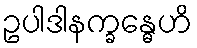
ဥပါဒါနက္ခန္ဓေဟိ